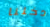
دخلنا